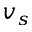
v _ { s }